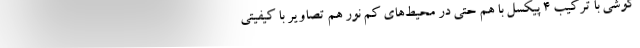
گوشی با ترکیب ۴ پیکسل با هم حتی در محیط‌های کم نور هم تصاویر با کیفیتی